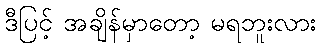
ဒီပြင့် အချိန်မှာတော့ မရဘူးလား